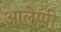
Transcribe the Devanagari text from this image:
आलेप्पी